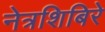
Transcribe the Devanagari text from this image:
नेत्रशिबिरे